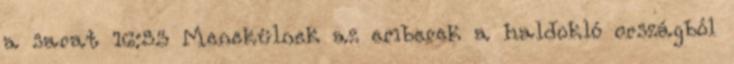
a sarat 16:53 Menekülnek az emberek a haldokló országból